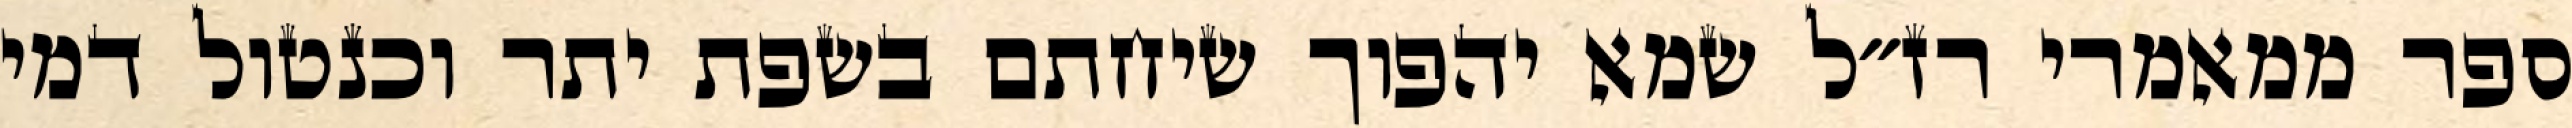
ספר ממאמרי רז״ל שמא יהפוך שיחתם בשפת יתר וכנטול דמי